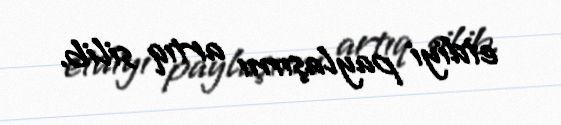
etdiyi paylaşımı artıq silib.